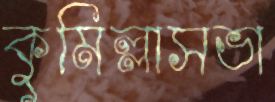
কুমিল্লাসভা